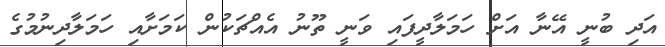
އަދި ބުނީ އޭނާ އަށް ހަމަލާދީފައި ވަނީ ތޫނު އެއްޗަކުން ކަމަށާއި ހަމަލާދިނުމުގެ